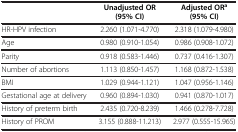
<table><thead><tr><td><b> </b></td><td><b>Unadjusted OR (95% CI)</b></td><td><b>Adjusted OR<sup>a </sup>(95% CI)</b></td></tr></thead><tbody><tr><td>HR-HPV infection</td><td>2.260 (1.071-4.770)</td><td>2.318 (1.079-4.980)</td></tr><tr><td>Age</td><td>0.980 (0.910-1.054)</td><td>0.986 (0.908-1.072)</td></tr><tr><td>Parity</td><td>0.918 (0.583-1.446)</td><td>0.737 (0.416-1.307)</td></tr><tr><td>Number of abortions</td><td>1.113 (0.850-1.457)</td><td>1.168 (0.872-1.538)</td></tr><tr><td>BMI</td><td>1.029 (0.944-1.121)</td><td>1.047 (0.956-1.146)</td></tr><tr><td>Gestational age at delivery</td><td>0.960 (0.894-1.030)</td><td>0.941 (0.870-1.017)</td></tr><tr><td>History of preterm birth</td><td>2.435 (0.720-8.239)</td><td>1.466 (0.278-7.728)</td></tr><tr><td>History of PROM</td><td>3.155 (0.888-11.213)</td><td>2.977 (0.555-15.965)</td></tr></tbody></table>